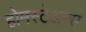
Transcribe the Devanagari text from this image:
होमस्टेअन्स